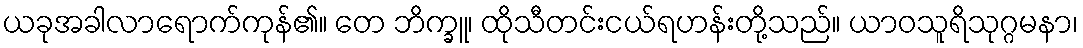
ယခုအခါလာရောက်ကုန်၏။ တေ ဘိက္ခူ၊ ထိုသီတင်းငယ်ရဟန်းတို့သည်။ ယာဝသူရိသုဂ္ဂမနာ၊